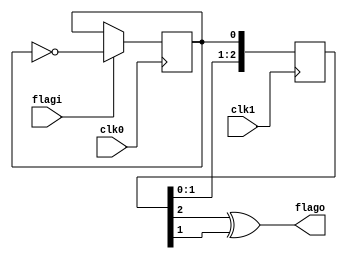
/*
 * WISHBONE to SystemACE MPU + CY7C67300 bridge
 * Copyright (C) 2008 Sebastien Bourdeauducq - http://lekernel.net
 * This file is part of Milkymist.
 *
 * This program is free software: you can redistribute it and/or modify
 * it under the terms of the GNU General Public License as published by
 * the Free Software Foundation, either version 3 of the License, or
 * (at your option) any later version.
 *
 * This program is distributed in the hope that it will be useful,
 * but WITHOUT ANY WARRANTY; without even the implied warranty of
 * MERCHANTABILITY or FITNESS FOR A PARTICULAR PURPOSE.  See the
 * GNU General Public License for more details.
 *
 * You should have received a copy of the GNU General Public License
 * along with this program.  If not, see <http://www.gnu.org/licenses/>.
 */

/* Flag synchronizer from clock domain 0 to 1
 * See http://www.fpga4fun.com/CrossClockDomain.html
 */

module aceusb_sync(
	input clk0,
	input flagi,
	
	input clk1,
	output flago
);

/* Turn the flag into a level change */
reg toggle;
initial toggle = 1'b0;
always @(posedge clk0)
	if(flagi) toggle <= ~toggle;

/* Synchronize the level change to clk1.
 * We add a third flip-flop to be able to detect level changes. */
reg [2:0] sync;
initial sync = 3'b000;
always @(posedge clk1)
	sync <= {sync[1:0], toggle};

/* Recreate the flag from the level change into the clk1 domain */
assign flago = sync[2] ^ sync[1];

endmodule